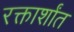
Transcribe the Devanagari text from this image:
रक्तार्शांत